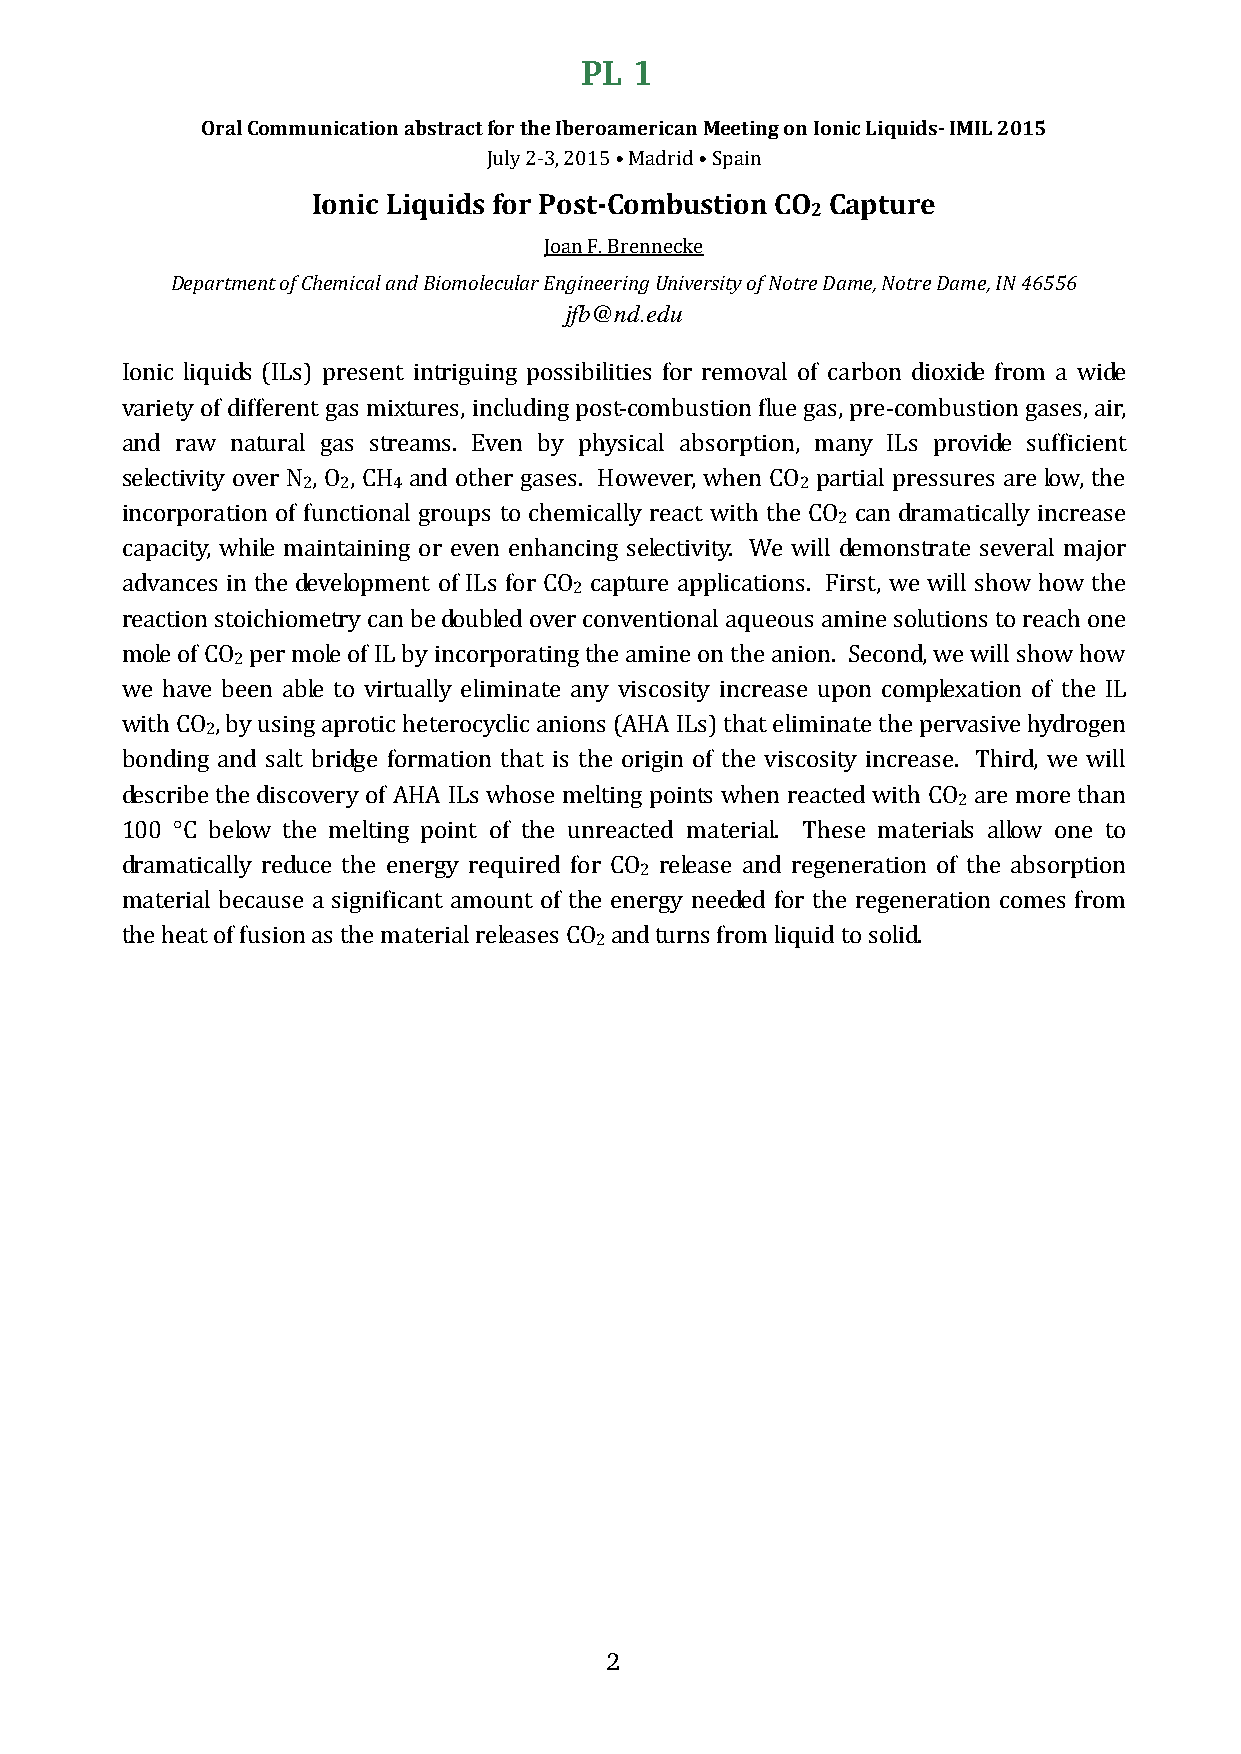
PL  1
 Oral Communication abstract for the Iberoamerican Meeting on Ionic Liquids- IMIL 2015
 Ionic Liquids Jfuolyr 2 -P3,o 2s0t1-5C •o Mmadbridu •s Stpioainn CO Capture
 2
 Department of Chemical and Biomolecular Engineering University of Notre Dame, Notre Dame, IN 46556
 Joan F. Brennecke
 jfb@nd.edu
 Ionic liquids (ILs) present intriguing possibilities for removal of carbon dioxide from a wide
 variety of different gas mixtures, including post-combustion flue gas, pre-combustion gases, air,
 and raw natural gas streams. Even by physical absorption, many ILs provide sufficient
 2  2  4                          2
 selectivity over N , O , CH and other gases. However, when CO partial pressures are low, the
 2
 incorporation of functional groups to chemically react with the CO can dramatically increase
 capacity, while maintaining or even enhancing selectivity. We will demonstrate several major
 2
 advances in the development of ILs for CO capture applications. First, we will show how the
 reaction stoichiometry can be doubled over conventional aqueous amine solutions to reach one
 2
 mole of CO per mole of IL by incorporating the amine on the anion. Second, we will show how
 we have been able to virtually eliminate any viscosity increase upon complexation of the IL
 2
 with CO , by using aprotic heterocyclic anions (AHA ILs) that eliminate the pervasive hydrogen
 bonding and salt bridge formation that is the origin of the viscosity increase. Third, we will
 2
 describe the discovery of AHA ILs whose melting points when reacted with CO are more than
 100 °C below the melting point of the unreacted material. These materials allow one to
 2
 dramatically reduce the energy required for CO release and regeneration of the absorption
 material because a significant amount of the energy needed for the regeneration comes from
 2
 the heat of fusion as the material releases CO and turns from liquid to solid.
 2